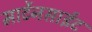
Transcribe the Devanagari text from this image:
मार्टेनसाईट